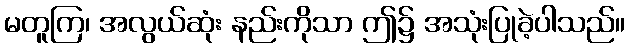
မတူကြ၊ အလွယ်ဆုံး နည်းကိုသာ ဤ၌ အသုံးပြုခဲ့ပါသည်။